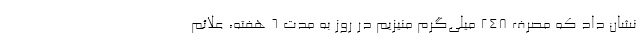
نشان داد که مصرف ۲۴۸ میلی‌گرم منیزیم در روز به مدت ۶ هفته، علائم